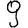
Digit: 9